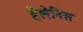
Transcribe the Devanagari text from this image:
हेलेनिस